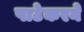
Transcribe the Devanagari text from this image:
पाटेकरने